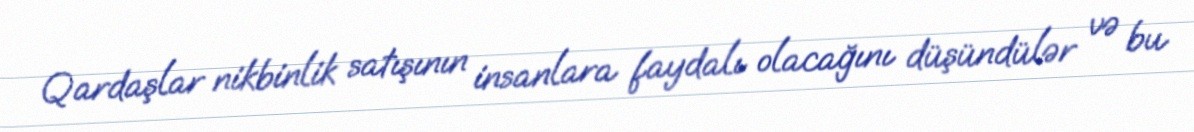
Qardaşlar nikbinlik satışının insanlara faydalı olacağını düşündülər və bu